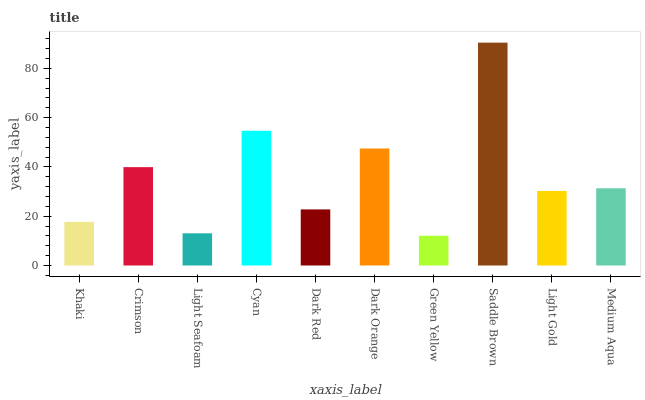
| xaxis_label | bars |
 | --- | --- |
 | Khaki | 17.7 |
 | Crimson | 39.9 |
 | Light Seafoam | 13.1 |
 | Cyan | 54.7 |
 | Dark Red | 22.8 |
 | Dark Orange | 47.5 |
 | Green Yellow | 12.1 |
 | Saddle Brown | 90.4 |
 | Light Gold | 30.2 |
 | Medium Aqua | 31.3 |